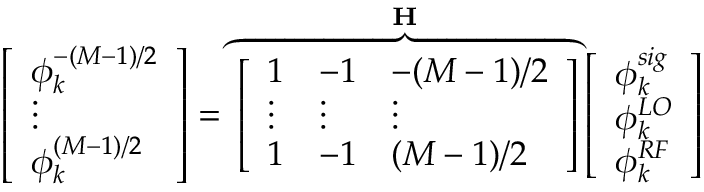
\left[ \begin{array} { l } { \phi _ { k } ^ { - ( M - 1 ) / 2 } } \\ { \vdots } \\ { \phi _ { k } ^ { ( M - 1 ) / 2 } } \end{array} \right] = \overbrace { \left[ \begin{array} { l l l } { 1 } & { - 1 } & { - ( M - 1 ) / 2 } \\ { \vdots } & { \vdots } & { \vdots } \\ { 1 } & { - 1 } & { ( M - 1 ) / 2 } \end{array} \right] } ^ { \mathbf { H } } \left[ \begin{array} { l } { \phi _ { k } ^ { s i g } } \\ { \phi _ { k } ^ { L O } } \\ { \phi _ { k } ^ { R F } } \end{array} \right]